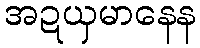
အဍယှမာနေန